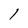
Character: l